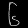
Digit: ၆